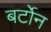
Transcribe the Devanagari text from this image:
बर्टोन